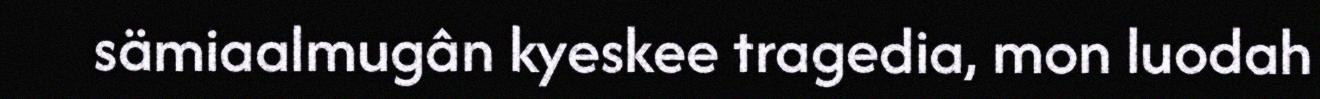
sämiaalmugân kyeskee tragedia, mon luodah